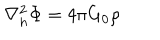
LaTeX: \nabla _ { h } ^ { 2 } \Phi = 4 \pi G _ { 0 } \rho